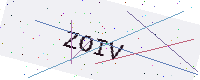
Text: ZOIV